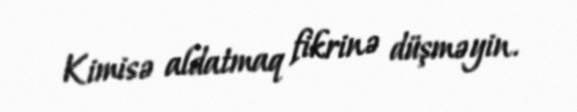
Kimisə aldatmaq fikrinə düşməyin.